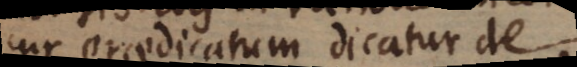
cur praedicatum dicatur de